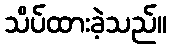
သိပ်ထားခဲ့သည်။